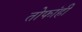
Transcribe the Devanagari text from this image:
तोफांही